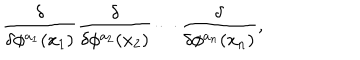
LaTeX: { \frac { \delta } { \delta \phi ^ { a _ { 1 } } ( x _ { 1 } ) } } { \frac { \delta } { \delta \phi ^ { a _ { 2 } } ( x _ { 2 } ) } } \cdots { \frac { \delta } { \delta \phi ^ { a _ { n } } ( x _ { n } ) } } ,